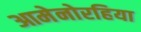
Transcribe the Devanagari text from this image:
आमेनोरहिया